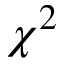
\chi ^ { 2 }